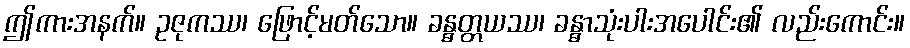
ဤကားအနက်။ ဥဇုကဿ၊ ဖြောင့်မတ်သော။ ခန္ဓတ္တယဿ၊ ခန္ဓာသုံးပါးအပေါင်း၏ လည်းကောင်း။